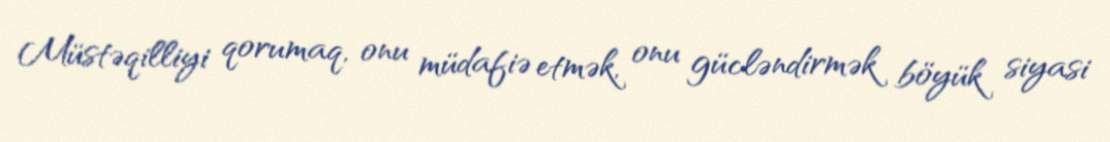
Müstəqilliyi qorumaq, onu müdafiə etmək, onu gücləndirmək böyük siyasi